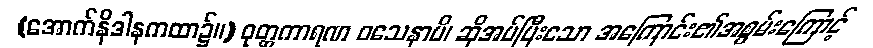
(အောက်နိဒါနကထာ၌။) ဝုတ္တကာရဏ ဝသေနာပိ၊ ဆိုအပ်ပြီးသော အကြောင်း၏အစွမ်းကြောင့်